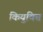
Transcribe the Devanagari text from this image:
कियुक्ति